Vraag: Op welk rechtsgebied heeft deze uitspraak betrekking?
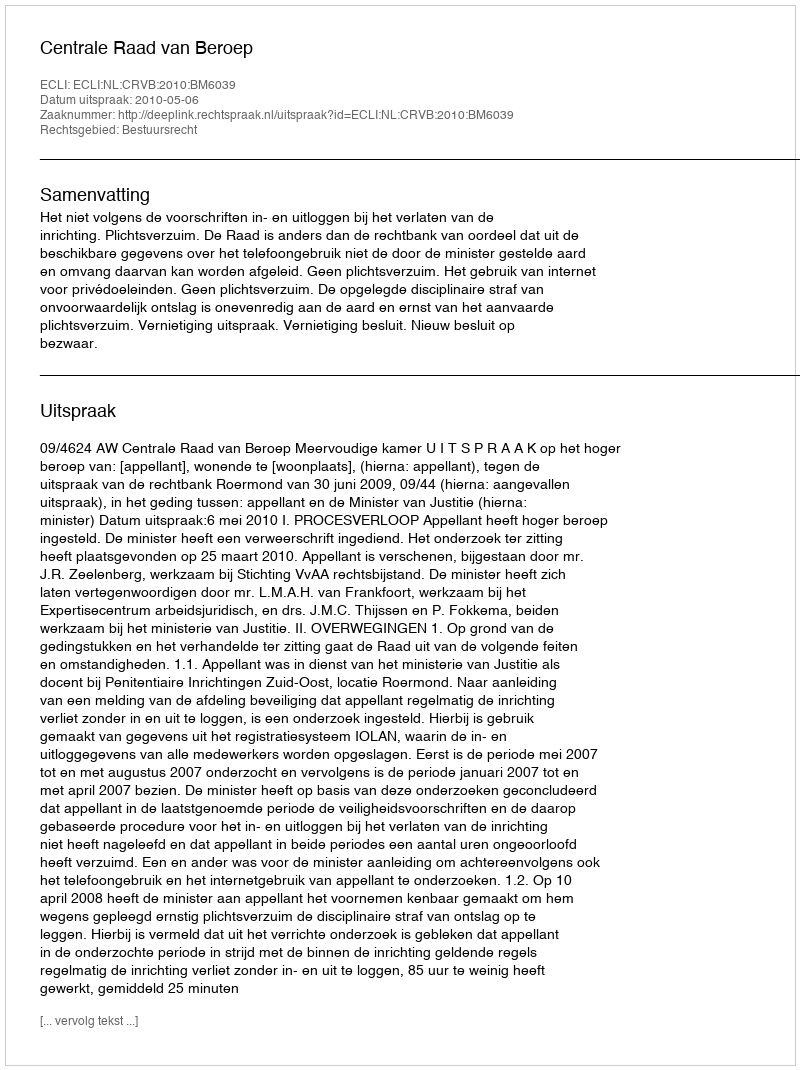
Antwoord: Bestuursrecht